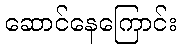
ဆောင်နေကြောင်း